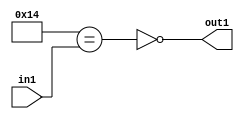
`timescale 1ps / 1ps
/*****************************************************************************
    Verilog RTL Description
    
    
    Created by: CellMath Designer 2019.1.01 
*******************************************************************************/

module finish_gen_Nei20u8_4_0 (
	in1,
	out1
	); /* architecture "behavioural" */ 
input [7:0] in1;
output  out1;
wire  asc001,
	asc002;

assign asc002 = (13'B0000000010100==in1);

assign asc001 = 
	((~asc002));

assign out1 = asc001;
endmodule

/* CADENCE  ubD5TQA= : u9/ySgnWtBlWxVPRXgAZ4Og= ** DO NOT EDIT THIS LINE ******/